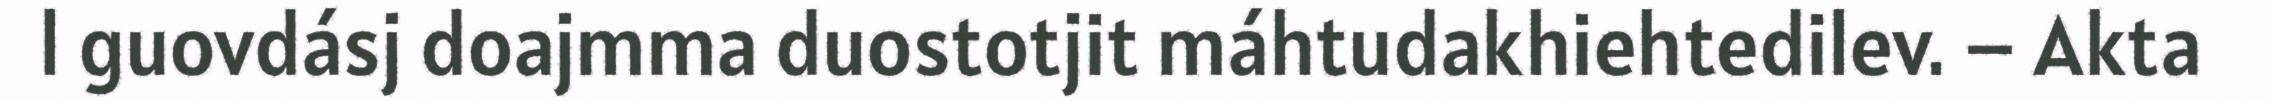
l guovdásj doajmma duostotjit máhtudakhiehtedilev. – Akta